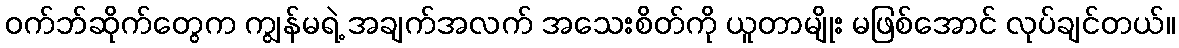
ဝက်ဘ်ဆိုက်တွေက ကျွန်မရဲ့ အချက်အလက် အသေးစိတ်ကို ယူတာမျိုး မဖြစ်အောင် လုပ်ချင်တယ်။